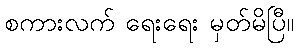
စကားလက် ရေးရေး မှတ်မိပြီ။